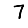
Digit: 7